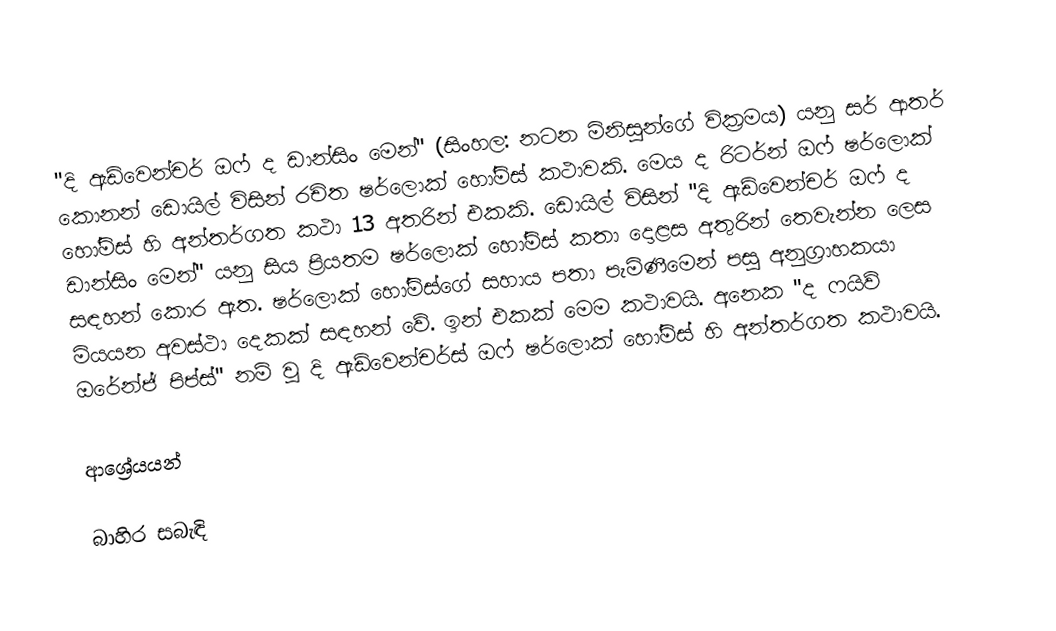
"දි ඇඩ්වෙන්චර් ඔෆ් ද ඩාන්සිං මෙන්" (සිංහල: නටන මිනිසුන්ගේ වික්‍රමය) යනු සර් ආතර් කොනන් ඩොයිල් විසින් රචිත ෂර්ලොක් හෝම්ස් කථාවකි.  මෙය ද රිටර්න් ඔෆ් ෂර්ලොක් හෝම්ස් හි අන්තර්ගත කථා 13 අතරින් එකකි. ඩොයිල් විසින් "දි ඇඩ්වෙන්චර් ඔෆ් ද ඩාන්සිං මෙන්" යනු සිය ප්‍රියතම ෂර්ලොක් හෝම්ස් කතා දොළස අතුරින් තෙවැන්න ලෙස සඳහන් කොර ඇත. ෂර්ලොක් හෝම්ස්ගේ සහාය පතා පැමිණීමෙන් පසු අනුග්‍රාහකයා මියයන අවස්ථා දෙකක් සඳහන් වේ. ඉන් එකක් මෙම කථාවයි. අනෙක "ද ෆයිව් ඔරේන්ජ් පිප්ස්" නම් වූ දි ඇඩ්වෙන්චර්ස් ඔෆ් ෂර්ලොක් හෝම්ස් හි අන්තර්ගත කථාවයි.

ආශ්‍රේයයන්

බාහිර සබැඳි